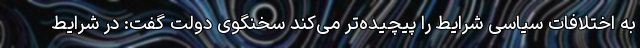
به اختلافات سیاسی شرایط را پیچیده‌تر می‌کند سخنگوی دولت گفت: در شرایط